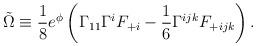
LaTeX: \begin{align*}\tilde{\Omega}\equiv{1\over 8}e^{\phi}\left(\Gamma_{11}\Gamma^{i}F_{+i}-{1\over 6}\Gamma^{ijk}F_{+ijk}\right).\end{align*}